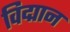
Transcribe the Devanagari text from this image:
विद्मान